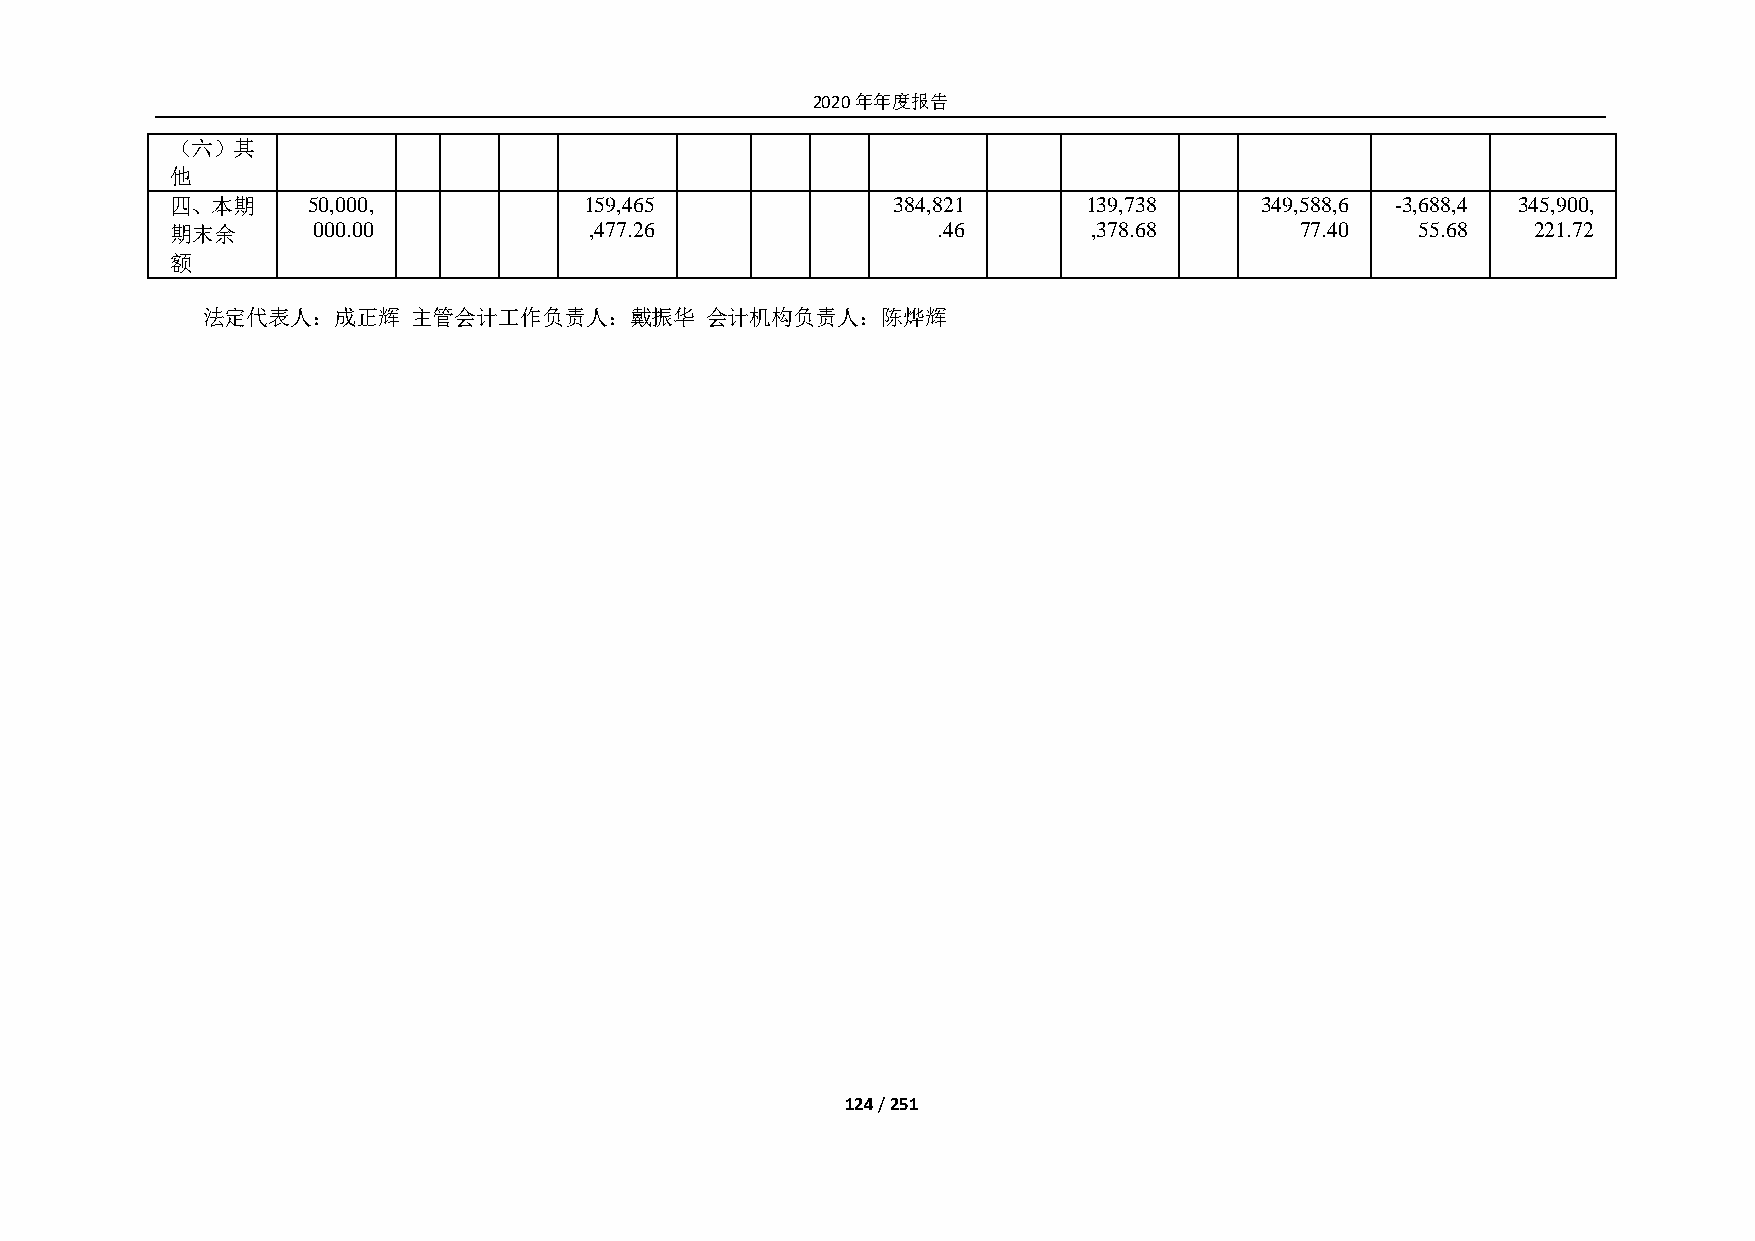
2020年年度报告
 （六）其
 他
 四、本期     50,000,            159,465             384,821      139,738    349,588,6 -3,688,4 345,900,
 期末余       000.00            ,477.26                .46       ,378.68       77.40   55.68  221.72
 额
 法定代表人：成正辉     主管会计工作负责人：戴振华       会计机构负责人：陈烨辉
 124 / 251